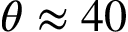
\theta \approx 4 0